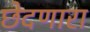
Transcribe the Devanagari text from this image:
छेदणारा